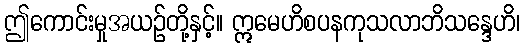
ဤကောင်းမှုအယဉ်တို့နှင့်။ ဣမေဟိစပနကုသလာဘိသန္ဒေဟိ၊